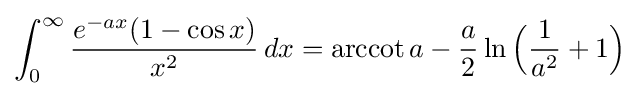
\int _{0}^{\infty }{\frac {e^{-ax}(1-\cos x)}{x^{2}}}\,dx=\operatorname {arccot} a-{\frac {a}{2}}\ln {\Big (}{\frac {1}{a^{2}}}+1{\Big )}